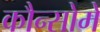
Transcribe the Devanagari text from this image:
कौन्सोमे